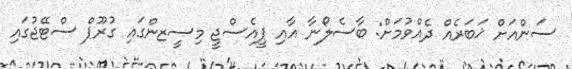
ސަންއަށް ޚަބަރެއް ދެއްވުމަށް: ބާސެލޯނާ އާއި ޕީއެސްޖީ މިސީޒންގައި ގުރޫޕް ސްޓޭޖުގައި